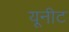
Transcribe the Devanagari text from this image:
यूनीट